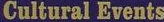
Cultural Events